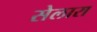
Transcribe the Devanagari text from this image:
सेलारा